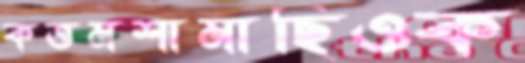
কত্তমশামাছিওক